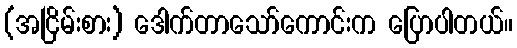
(အငြိမ်းစား) ဒေါက်တာသော်ကောင်းက ပြောပါတယ်။